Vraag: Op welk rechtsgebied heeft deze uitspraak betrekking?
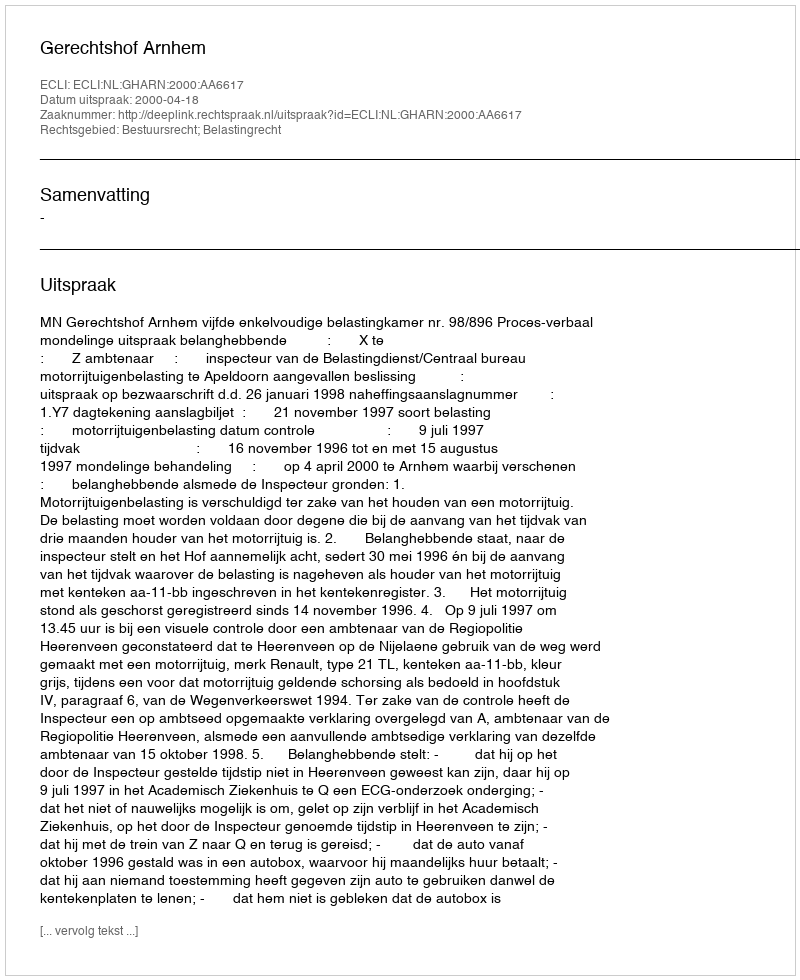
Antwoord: Bestuursrecht; Belastingrecht